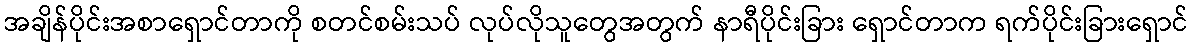
အချိန်ပိုင်းအစာရှောင်တာကို စတင်စမ်းသပ် လုပ်လိုသူတွေအတွက် နာရီပိုင်းခြား ရှောင်တာက ရက်ပိုင်းခြားရှောင်